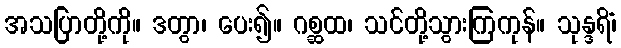
အသပြာတို့ကို။ ဒတွာ၊ ပေး၍။ ဂစ္ဆထ၊ သင်တို့သွားကြကုန်။ သုန္ဒရိံ၊